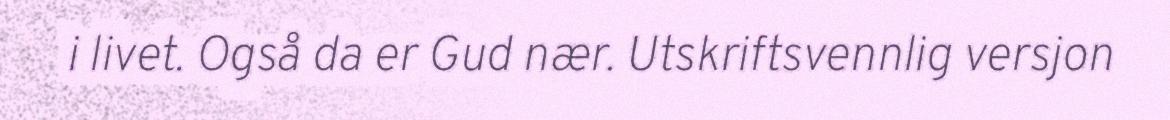
i livet. Også da er Gud nær. Utskriftsvennlig versjon